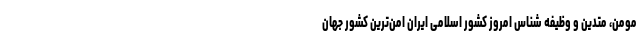
مومن، متدین و وظیفه شناس امروز کشور اسلامی ایران امن‌ترین کشور جهان